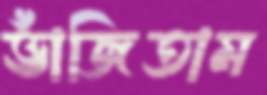
ভাঁজিতাম